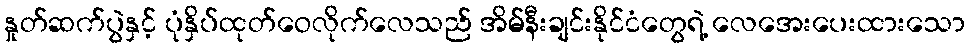
နှုတ်ဆက်ပွဲနှင့် ပုံနှိပ်ထုတ်ဝေလိုက်လေသည် အိမ်နီးချင်းနိုင်ငံတွေရဲ့ လေအေးပေးထားသော